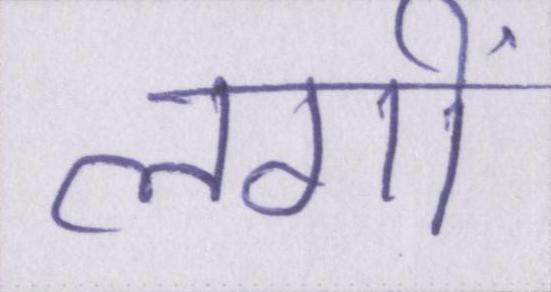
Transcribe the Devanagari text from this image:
लगीं